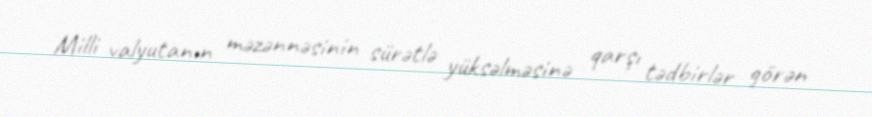
Milli valyutanın məzənnəsinin sürətlə yüksəlməsinə qarşı tədbirlər görən